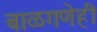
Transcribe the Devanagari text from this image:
बाळगणेही